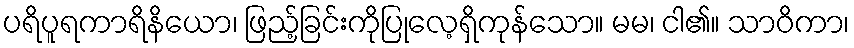
ပရိပူရကာရိနိယော၊ ဖြည့်ခြင်းကိုပြုလေ့ရှိကုန်သော။ မမ၊ ငါ၏။ သာဝိကာ၊